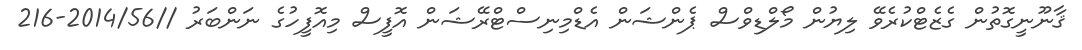
ޤާނޫނީގޮތުން ގެޒެޓްކުރެވޭ ލިޔުން މޯލްޑިވްސް ޕެންޝަން އެޑްމިނިސްޓްރޭޝަން އޮފީސް މިއޮފީހުގެ ނަންބަރު //2014/56-216